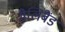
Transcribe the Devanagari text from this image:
मैलिबैंड